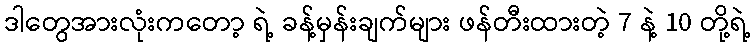
ဒါတွေအားလုံးကတော့ ရဲ့ ခန့်မှန်းချက်များ ဖန်တီးထားတဲ့ 7 နဲ့ 10 တို့ရဲ့